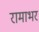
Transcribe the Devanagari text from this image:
रामाभर